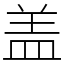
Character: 盖